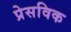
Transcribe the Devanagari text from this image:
प्रेसविक